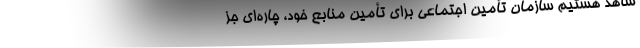
شاهد هستیم سازمان تأمین اجتماعی برای تأمین منابع خود، چاره‌ای جز